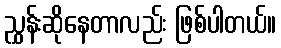
ညွှန်းဆိုနေတာလည်း ဖြစ်ပါတယ်။